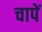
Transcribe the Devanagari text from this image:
चापें